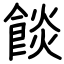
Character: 餤